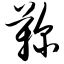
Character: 鞠